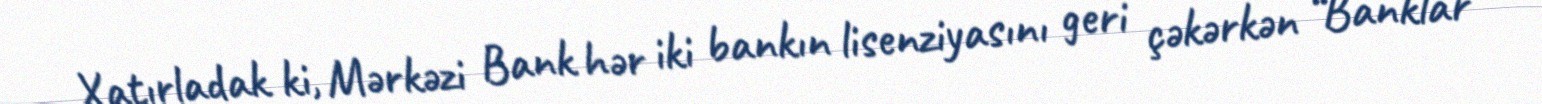
Xatırladak ki, Mərkəzi Bank hər iki bankın lisenziyasını geri çəkərkən “Banklar